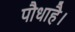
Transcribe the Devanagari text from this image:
पौधाहै।